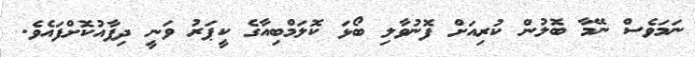
ނަަމަވެސް ނޭމާ ބޮލުން ކުރިއަށް ފޮނުވާލި ބޯޅަ ކޮލަމްބިއާގެ ކީޕަރު ވަނީ ދިފާއުކޮށްފައެވެ.